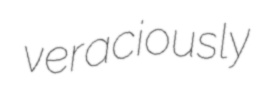
veraciously